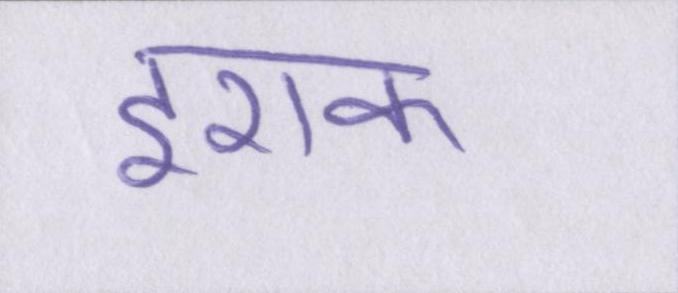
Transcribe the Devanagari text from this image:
इराक